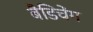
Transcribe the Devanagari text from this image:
बैडिचेंग